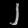
Digit: ၂